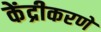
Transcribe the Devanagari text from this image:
केंद्रीकरणे